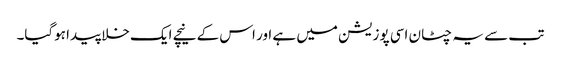
تب سے یہ چٹان اسی پوزیشن میں ہے اور اس کے نیچے ایک خلا پیدا ہوگیا۔